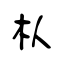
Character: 朲